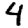
Digit: 4